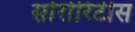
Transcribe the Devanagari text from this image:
सोरोरिटीस